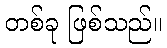
တစ်ခု ဖြစ်သည်။